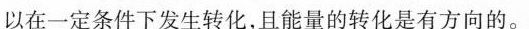
以在一定条件下发生转化，且能量的转化是有方向的。